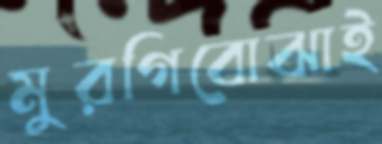
মুরগিবোঝাই